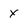
Character: x